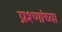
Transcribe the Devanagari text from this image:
प्रश्णांच्या